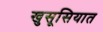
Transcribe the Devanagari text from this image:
खुसूसियात